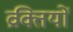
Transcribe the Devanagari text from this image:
व्रक्तियों